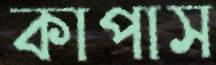
কাপাস